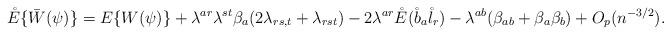
LaTeX: \begin{align*}\mathring E\{\bar W(\psi)\}= E\{W(\psi)\}+\lambda^{ar}\lambda^{st}\beta_a(2\lambda_{rs,t}+\lambda_{rst})-2\lambda^{ar}\mathring E(\mathring b_a \mathring l_r)-\lambda^{ab}(\beta_{ab}+\beta_a\beta_b)+O_p(n^{-3/2}).\end{align*}